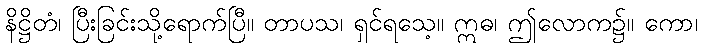
နိဋ္ဌိတံ၊ ပြီးခြင်းသို့ရောက်ပြီ။ တာပသ၊ ရှင်ရသေ့။ ဣဓ၊ ဤလောက၌။ ကော၊